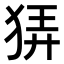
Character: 𤞬